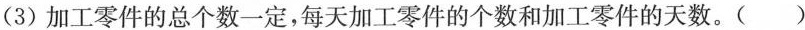
(3)加工零件的总个数一定，每天加工零件的个数和加工零件的天数。( )